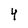
Character: 4